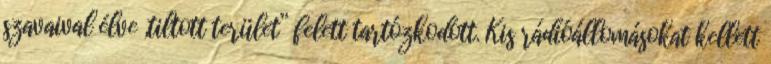
szavaival élve „tiltott terület” felett tartózkodott. Kis rádióállomásokat kellett